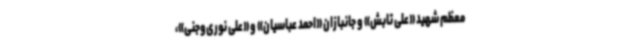
معظم شهید «علی تابش» و جانبازان «احمد عباسیان» و «علی نوری‌وجنی»،